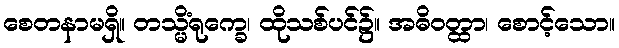
စေတနာမရှိ။ တသ္မိံရုက္ခေ၊ ထိုသစ်ပင်၌။ အဓိဝတ္ထာ၊ စောင့်သော။